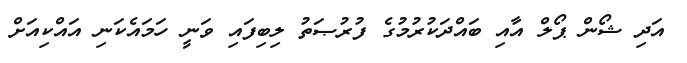
އަދި ޝޯން ޕޯލް އާއި ބައްދަކުރުމުގެ ފުރުޞަތު ލިބިފައި ވަނީ ހަމައެކަނި އައްކިއަށް